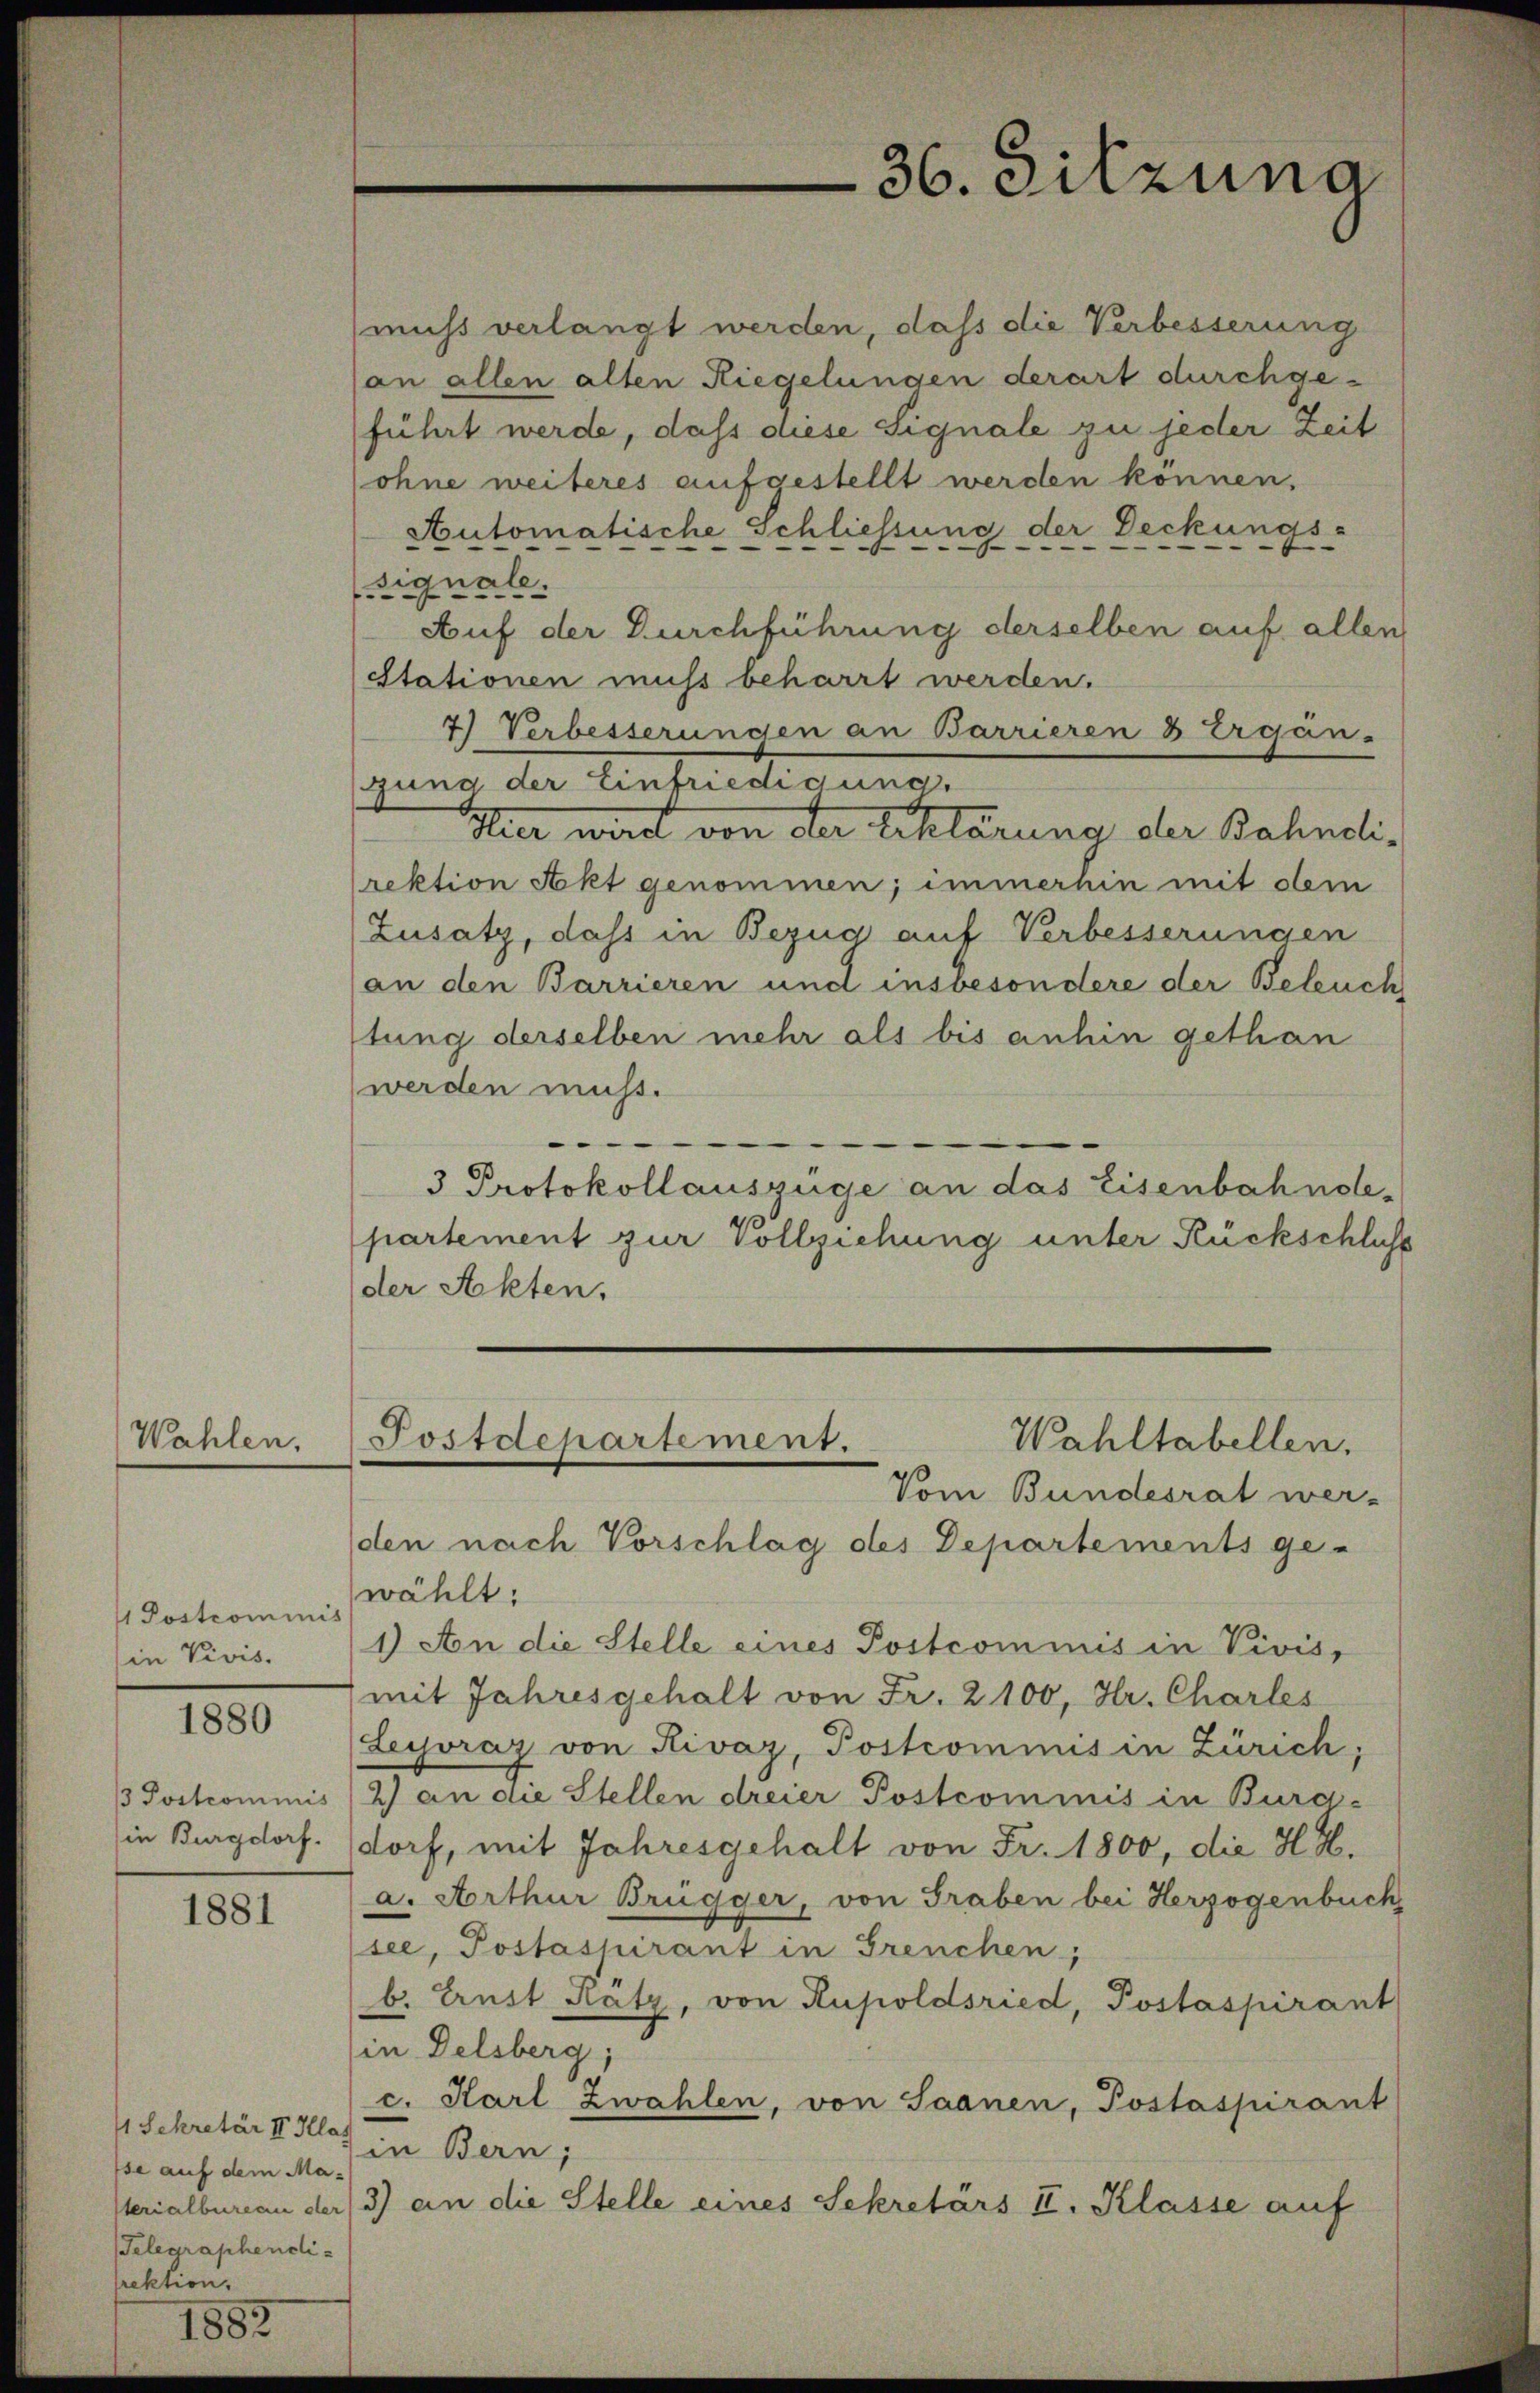
Wahlen.

1 Postcommis
in Vivis.

1880

/ Postcommis
in Burgdorf.

1881

4 Sekretär II Klas
se auf dem Ma¬
Telegraphendirektion.

1882

36. Sitzuna

muss verlangt werden, dass die Verbesserung
an allen alten Riegelungen derart durchgeführt werde, dass diese Signale zu jeder Zeit
ohne weiteres aufgestellt werden können.
Automatische Schliessung der Deckungs-
Signale.
Auf der Durchführung derselben auf allen
Stationen muß beharrt werden.
7) Verbesserungen an Barrieren & Ergän-
gung der Einfriedigung,
Hier wird von der Erklärung der Bahndlirektion Akt genommen; immerhin mit obm
Zusatz, dass in Bezug auf Verbesserungen
(an den Barrieren und insbesondere der Beleuch
tung derselben mehr als bis anhin gethan
werden muss.

3 Protokollauszüge an das Eisenbahnolepartement zur Vollziehung unter Rückschluß
der Akten.

Wahltabellen.
Postdepartement.
Vom Bundesrat wer-
den nach Vorschlag des Departements ge-

wählt:
1) An die Stelle eines Postcommis in Vivis,
mit Jahresgehalt von Fr. 2100, Hr. Charles
Leyoraz von Rivaz, Postcommis in Zürich,
2) an die Stellen dreier Postcommis in Burg-
dorf, mit Jahresgehalt von Fr. 1800, die H.H.
a. Arthur Brügger, von Graben bei Herzogenbuch
see, Postaspirant in Greuchen,
b. Ernst Kätz, von Kupoldsried, Postaspirant
in Delsberg;
c. Karl Zwahlen, von Saanen, Postaspirant
in Bern;
Verialbureau der 3) an die Stelle eines Sekretärs II. Klasse auf